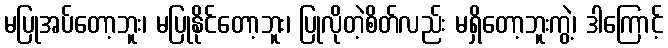
မပြုအပ်တော့ဘူး၊ မပြုနိုင်တော့ဘူး၊ ပြုလိုတဲ့စိတ်လည်း မရှိတော့ဘူးကွဲ့၊ ဒါကြောင့်